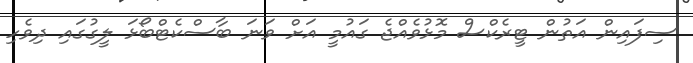
ސިފައިން އަތުން ޓީރެކްސް މޮޅުވެއްޖެ ގައުމީ އަށް ވަނަ ބާސްކެޓްބޯޅަ ލީގުގައި ދިވެހި